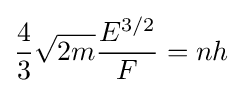
{4 \over 3}{\sqrt {2m}}{E^{3/2} \over F}=nh